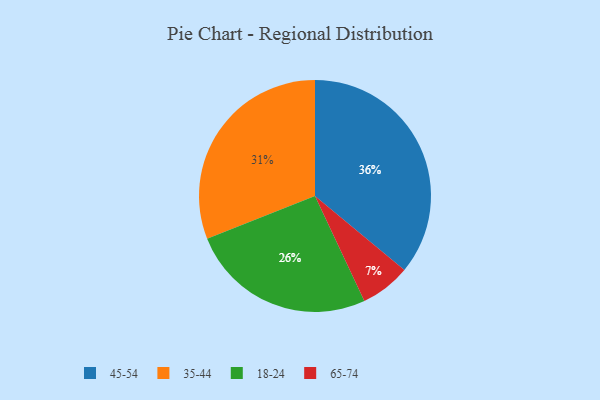
{"axis": {"x": "Category", "y": "Percentage"}, "legend": ["18-24", "35-44", "45-54", "65-74"], "data": [{"x": "65-74", "y": 7, "type": "65-74"}, {"x": "45-54", "y": 36, "type": "45-54"}, {"x": "35-44", "y": 31, "type": "35-44"}, {"x": "18-24", "y": 26, "type": "18-24"}]}